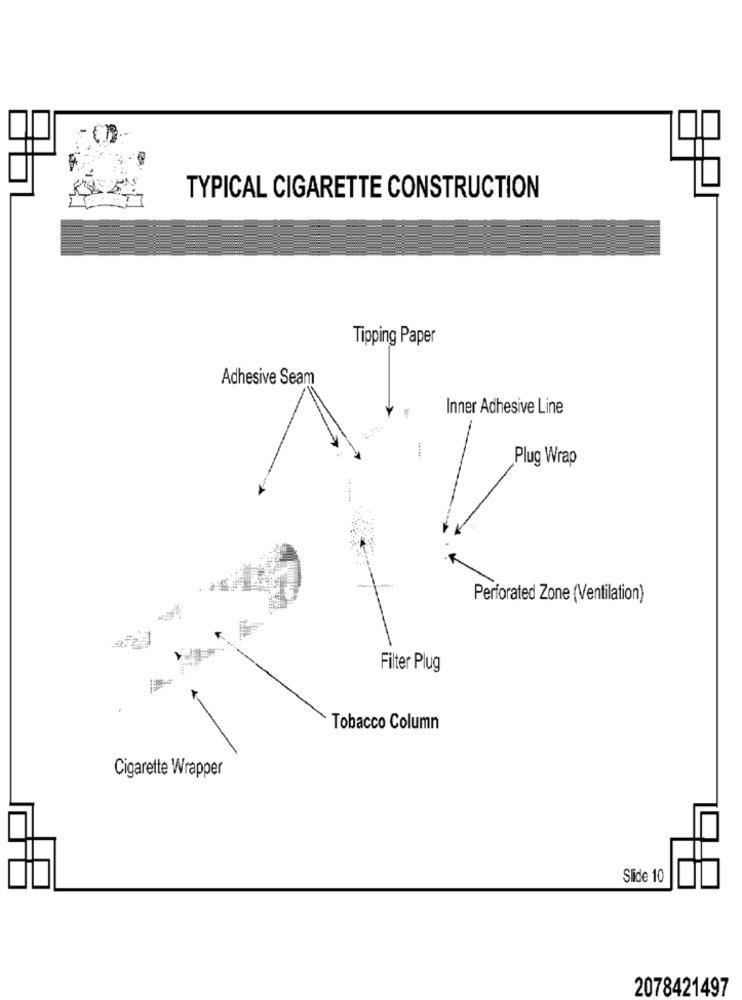
TYPICAL CIGARETTE CONSTRUCTION
Tipping Paper
Adhesive Seam
Inner Adhesive Line
Plug Wrap
Perforated Zone (Ventilation)
-
Filter Plug
Tobacco Column
Cigarette Wrapper
Slide 10
2078421497